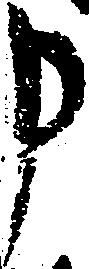
申